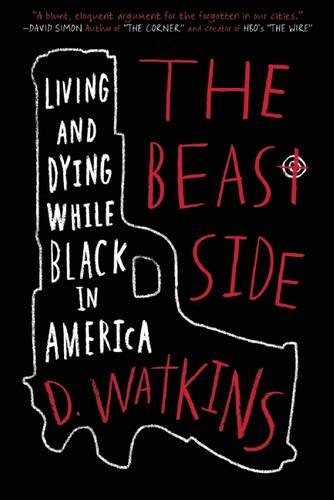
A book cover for The Beast Side: Living (and Dying) While Black in America; D. Watkins; History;